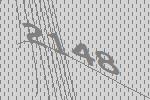
2148